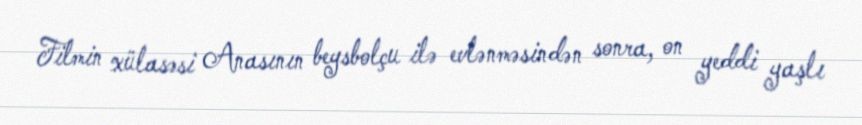
Filmin xülasəsi Anasının beysbolçu ilə evlənməsindən sonra, on yeddi yaşlı